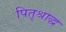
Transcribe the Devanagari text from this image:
पितृश्राद्ध